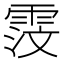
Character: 𫕦